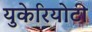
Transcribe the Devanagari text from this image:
युकेरियोटी